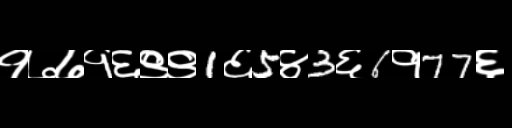
Text: १७७१६९९1६5४3६6१77६